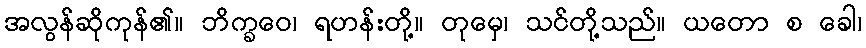
အလွန်ဆိုကုန်၏။ ဘိက္ခဝေ၊ ရဟန်းတို့။ တုမှေ၊ သင်တို့သည်။ ယတော စ ခေါ၊